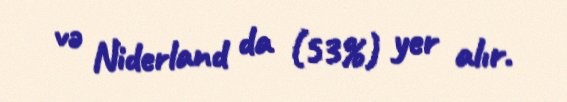
və Niderland da (53%) yer alır.